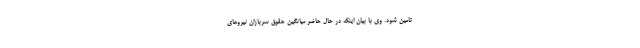
تامین شود. وی با بیان اینکه در حال حاضر میانگین حقوق سربازان نیروهای